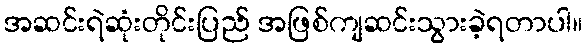
အဆင်းရဲဆုံးတိုင်းပြည် အဖြစ်ကျဆင်းသွားခဲ့ရတာပါ။